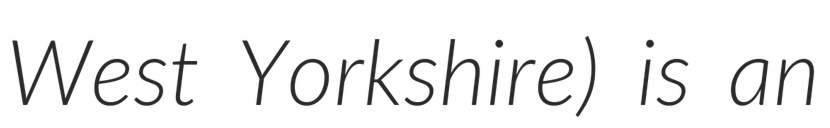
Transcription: West Yorkshire) is an